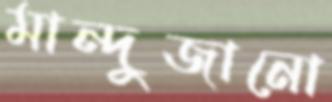
মান্দুজানো